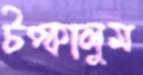
টপ্‌কালুম